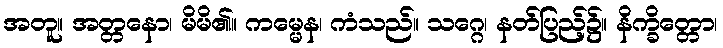
အတူ။ အတ္တနော၊ မိမိ၏။ ကမ္မေန၊ ကံသည်။ သဂ္ဂေ၊ နတ်ပြည့်၌။ နိက္ခိတ္တော၊